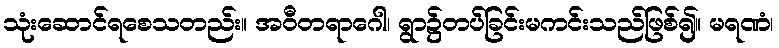
သုံးဆောင်ရစေသတည်း။ အဝီတရာဂေါ၊ ရွာ၌တပ်ခြင်းမကင်းသည်ဖြစ်၍။ မရဏံ၊